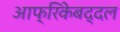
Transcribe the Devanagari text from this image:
आफ्रिकेबद्दल